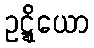
ဥဋ္ဋိယော